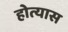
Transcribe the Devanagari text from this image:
होत्यास